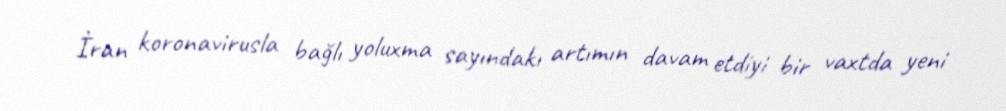
İran koronavirusla bağlı yoluxma sayındakı artımın davam etdiyi bir vaxtda yeni